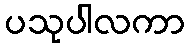
ပသုပါလကာ